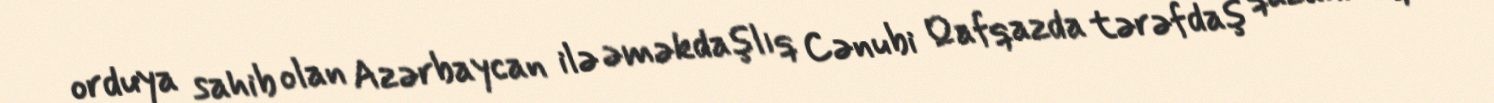
orduya sahib olan Azərbaycan ilə əməkdaşlıq Cənubi Qafqazda tərəfdaş qazanmaq